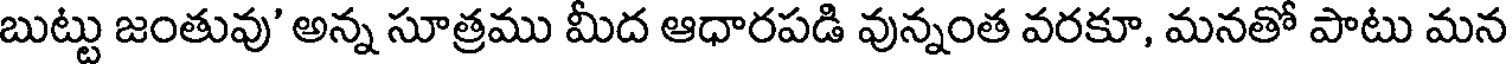
బుట్టు జంతువు' అన్న సూత్రము మీద ఆధారపడి వున్నంత వరకూ, మనతో పాటు మన